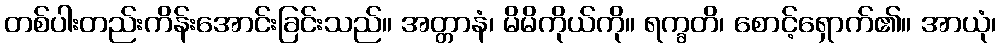
တစ်ပါးတည်းကိန်းအောင်းခြင်းသည်။ အတ္တာနံ၊ မိမိကိုယ်ကို။ ရက္ခတိ၊ စောင့်ရှောက်၏။ အာယုံ၊